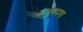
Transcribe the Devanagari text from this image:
कंजुषपणा